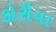
કોરીયા